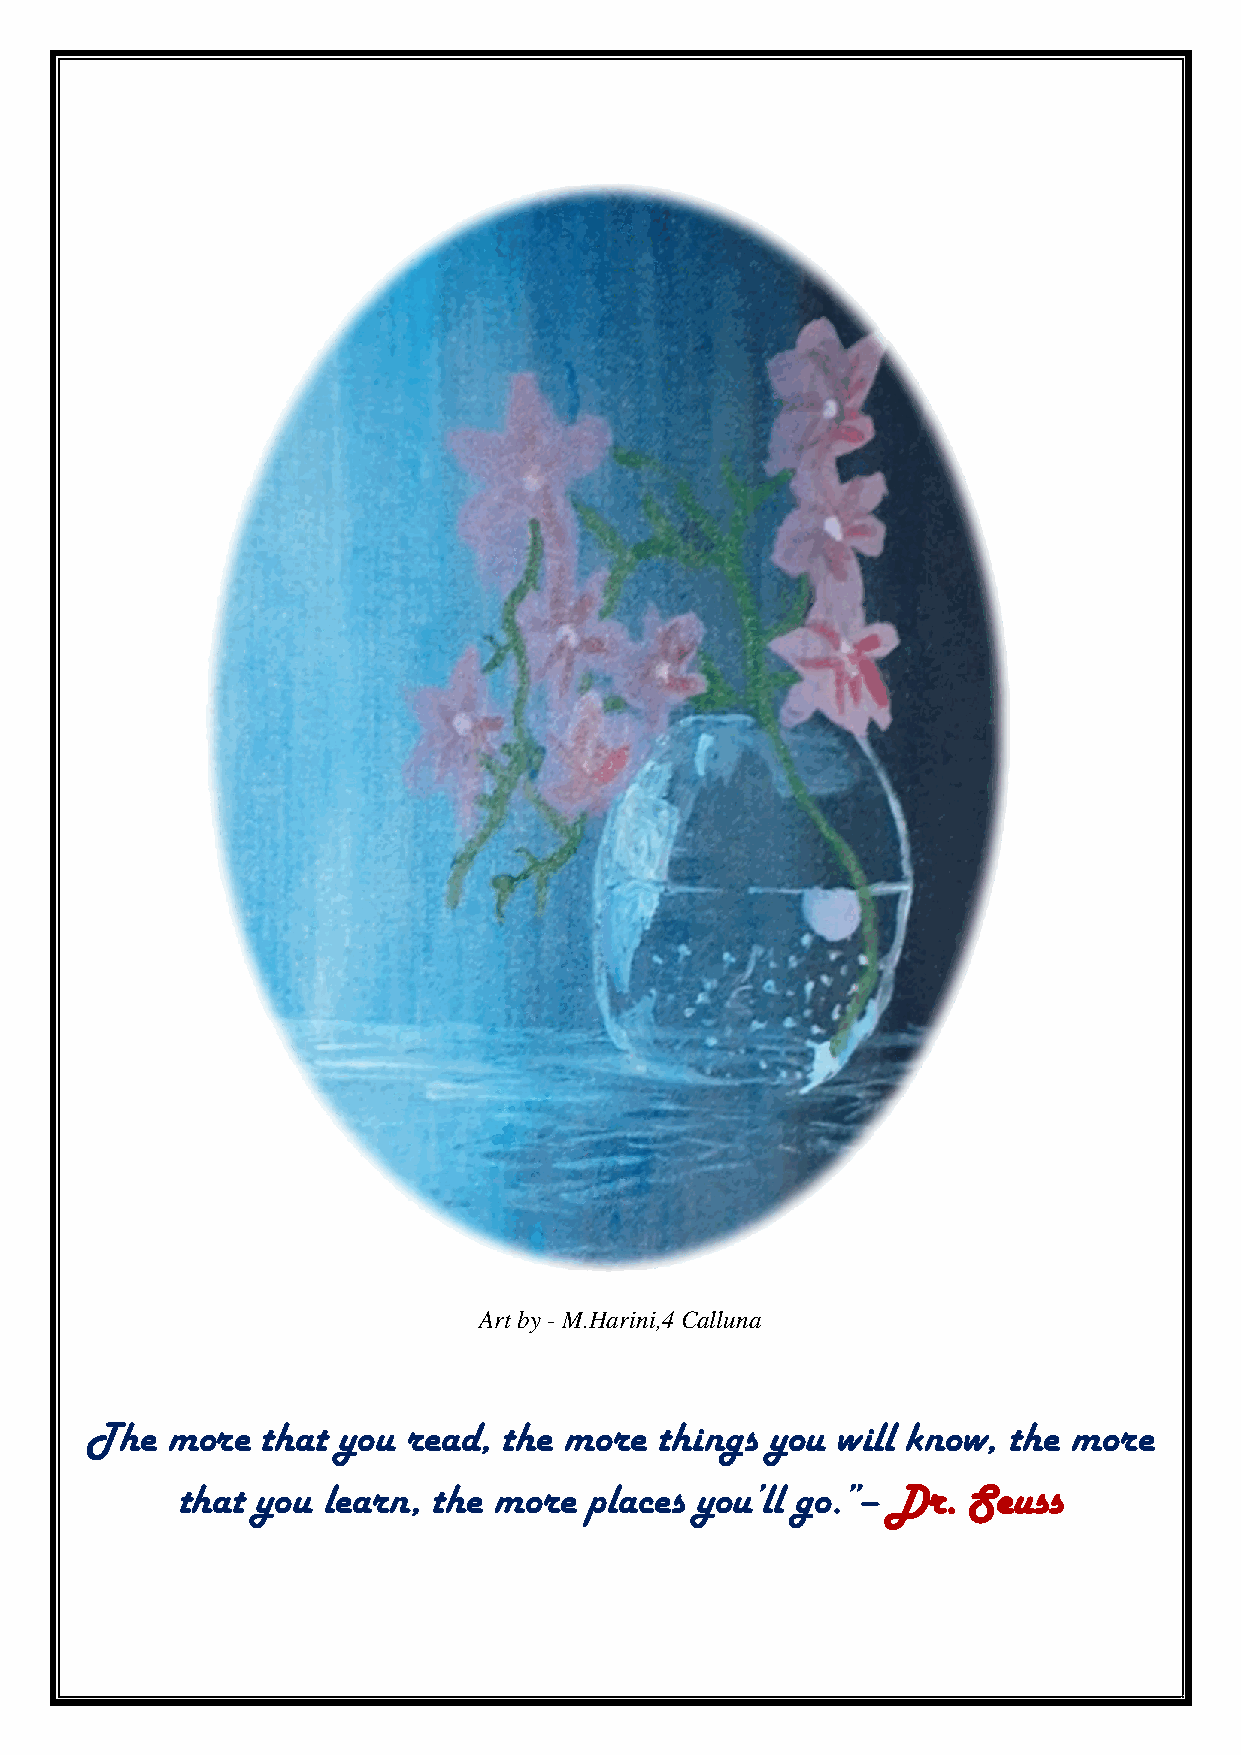
Art by - M.Harini,4 Calluna
 The  more  that you  read, the more   things you will know,  the more
 that you learn,  the more  places you’ll go.”– Dr.  Seuss